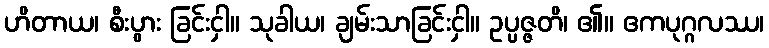
ဟိတာယ၊ စီးပွား ခြင်းငှါ။ သုခါယ၊ ချမ်းသာခြင်းငှါ။ ဥပ္ပဇ္ဇတိ၊ ၏။ ဧကပုဂ္ဂလဿ၊